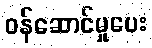
ဝန်ဆောင်မှုပေး